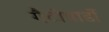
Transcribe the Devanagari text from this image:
गैटोपार्डो